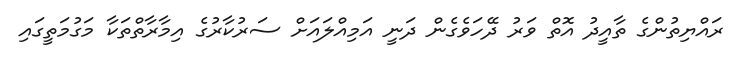
ރައްޔިތުންގެ ތާއީދު އޮތް ވަރު ދޭހަވެގެން ދަނީ އަމިއްލައަށް ސަރުކާރުގެ އިމާރާތްތަކާ މަގުމަތީގައި